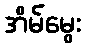
အိမ်မွေး